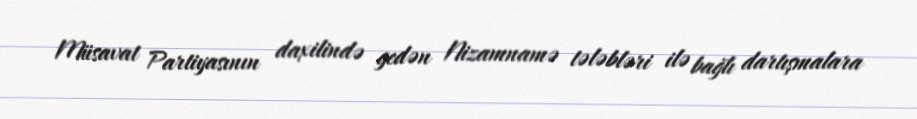
Müsavat Partiyasının daxilində gedən Nizamnamə tələbləri ilə bağlı dartışmalara